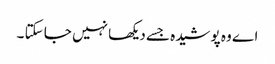
اے وہ پوشیدہ جسے دیکھا نہیں جا سکتا ۔